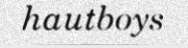
hautboys